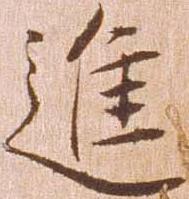
進